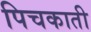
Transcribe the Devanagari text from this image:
पिचकाती